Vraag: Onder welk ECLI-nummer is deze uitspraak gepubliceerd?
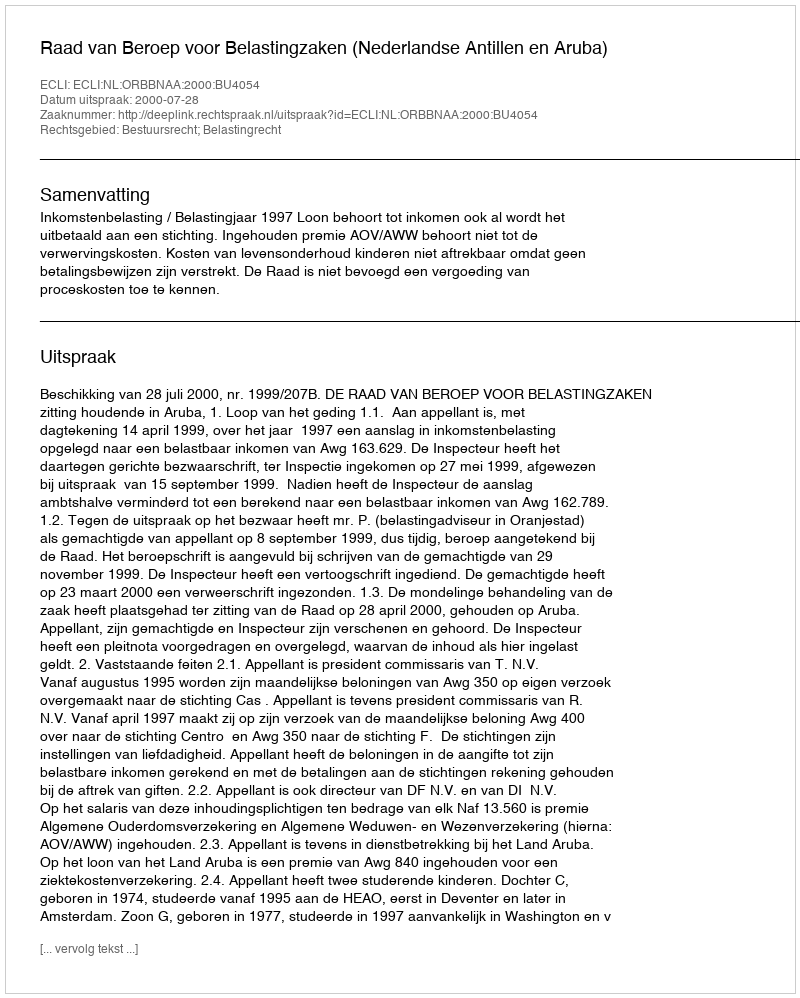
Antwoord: ECLI:NL:ORBBNAA:2000:BU4054